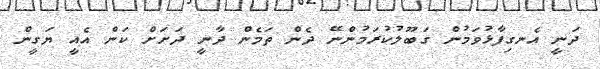
ދަނީ އެނގިފާޅުވަމުން ގަބޫލުކުރަމުންނޭ ދެން ތަމެން ދާނީ ދަށަށް ކަން އެއީ ޔަގީން